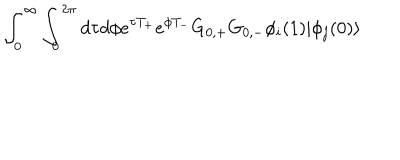
\int _ { 0 } ^ { \infty } \int _ { 0 } ^ { 2 \pi } d \tau d \phi e ^ { \tau T _ { + } } e ^ { \phi T _ { - } } G _ { 0 , + } G _ { 0 , - } \phi _ { i } ( 1 ) | \phi _ { j } ( 0 ) \rangle